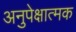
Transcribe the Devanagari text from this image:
अनुपेक्षात्मक